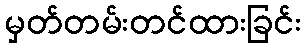
မှတ်တမ်းတင်ထားခြင်း